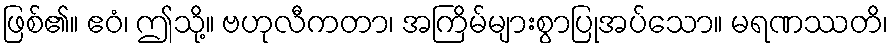
ဖြစ်၏။ ဧဝံ၊ ဤသို့။ ဗဟုလီကတာ၊ အကြိမ်များစွာပြုအပ်သော။ မရဏဿတိ၊